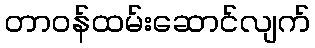
တာဝန်ထမ်းဆောင်လျက်